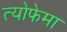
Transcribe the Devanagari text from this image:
त्योफेमा